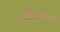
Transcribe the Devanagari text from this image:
शंकराचार्य